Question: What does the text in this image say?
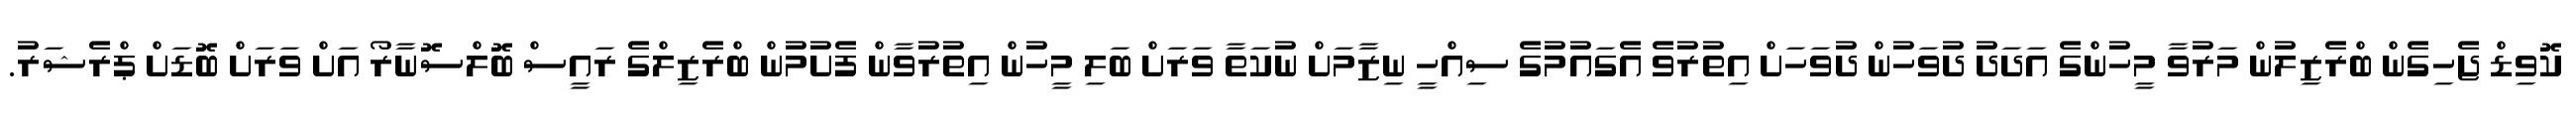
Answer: ކޮވިޑް ޖެހިގެން ބްރެޒިލުން މަރުވާ މީހުންގެ އަދަދު ދުވަހުން ދުވަހަށް އިތުރުވެ އެގައުމުގެ ސިއްހީ ނިޒާމަށް ނުކަތާ ވަރަށް ބަލި މީހުން އިތުރުވާން ފެށުމުން ބްރެޒިލްގެ ރައީސް ބޮލްސޮނާރޯ އަށް ވަރަށް ބޮޑަށް ޕްރެޝަރު.